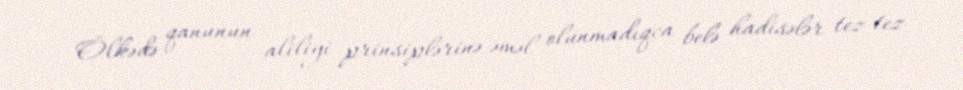
Ölkədə qanunun aliliyi prinsiplərinə əməl olunmadıqca belə hadisələr tez-tez